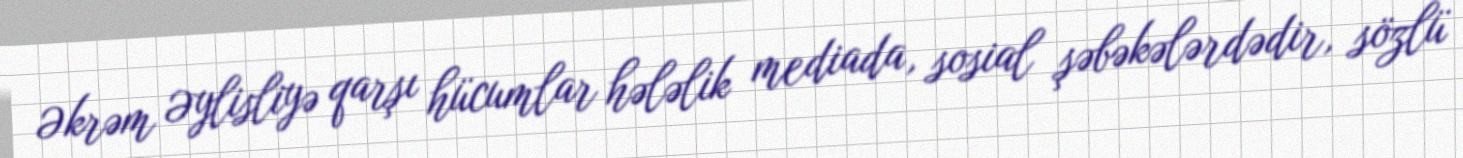
Əkrəm Əylisliyə qarşı hücumlar hələlik mediada, sosial şəbəkələrdədir, sözlü